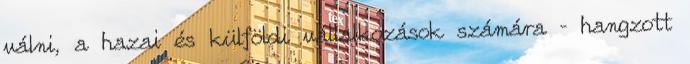
válni, a hazai és külföldi vállalkozások számára – hangzott